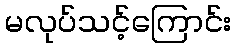
မလုပ်သင့်ကြောင်း